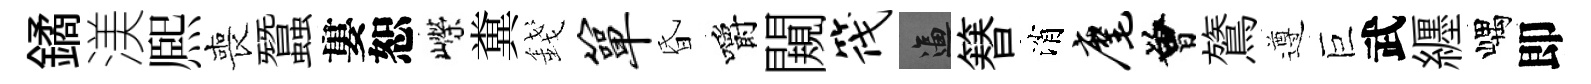
鐍渼熈喪蠶婁恕嶸糞錢箪昏嚼闚筏逼簮消麾曾鷟遵巨武纒嵎即